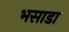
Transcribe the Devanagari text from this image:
भसाडा